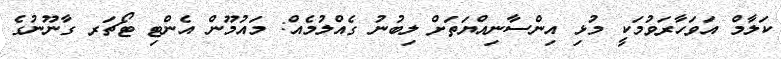
ކަލާމް އަވަހާރަވުމަކީ މުޅި އިންސާނިއްޔަތަށް ލިބުނު ގެއްލުމެއް: މައުމޫން އެންޓި ޓޯޗަރ ގާނޫނުގެ